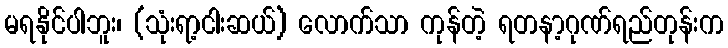
မရနိုင်ပါဘူး၊ (သုံးရာ့ငါးဆယ်) လောက်သာ ကုန်တဲ့ ရတနာ့ဂုဏ်ရည်တုန်းက